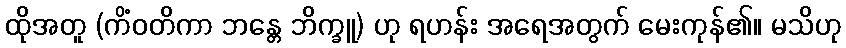
ထိုအတူ (ကိံဝတိကာ ဘန္တေ ဘိက္ခူ) ဟု ရဟန်း အရေအတွက် မေးကုန်၏။ မသိဟု